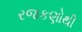
રજકણોથી